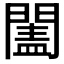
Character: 𨵯